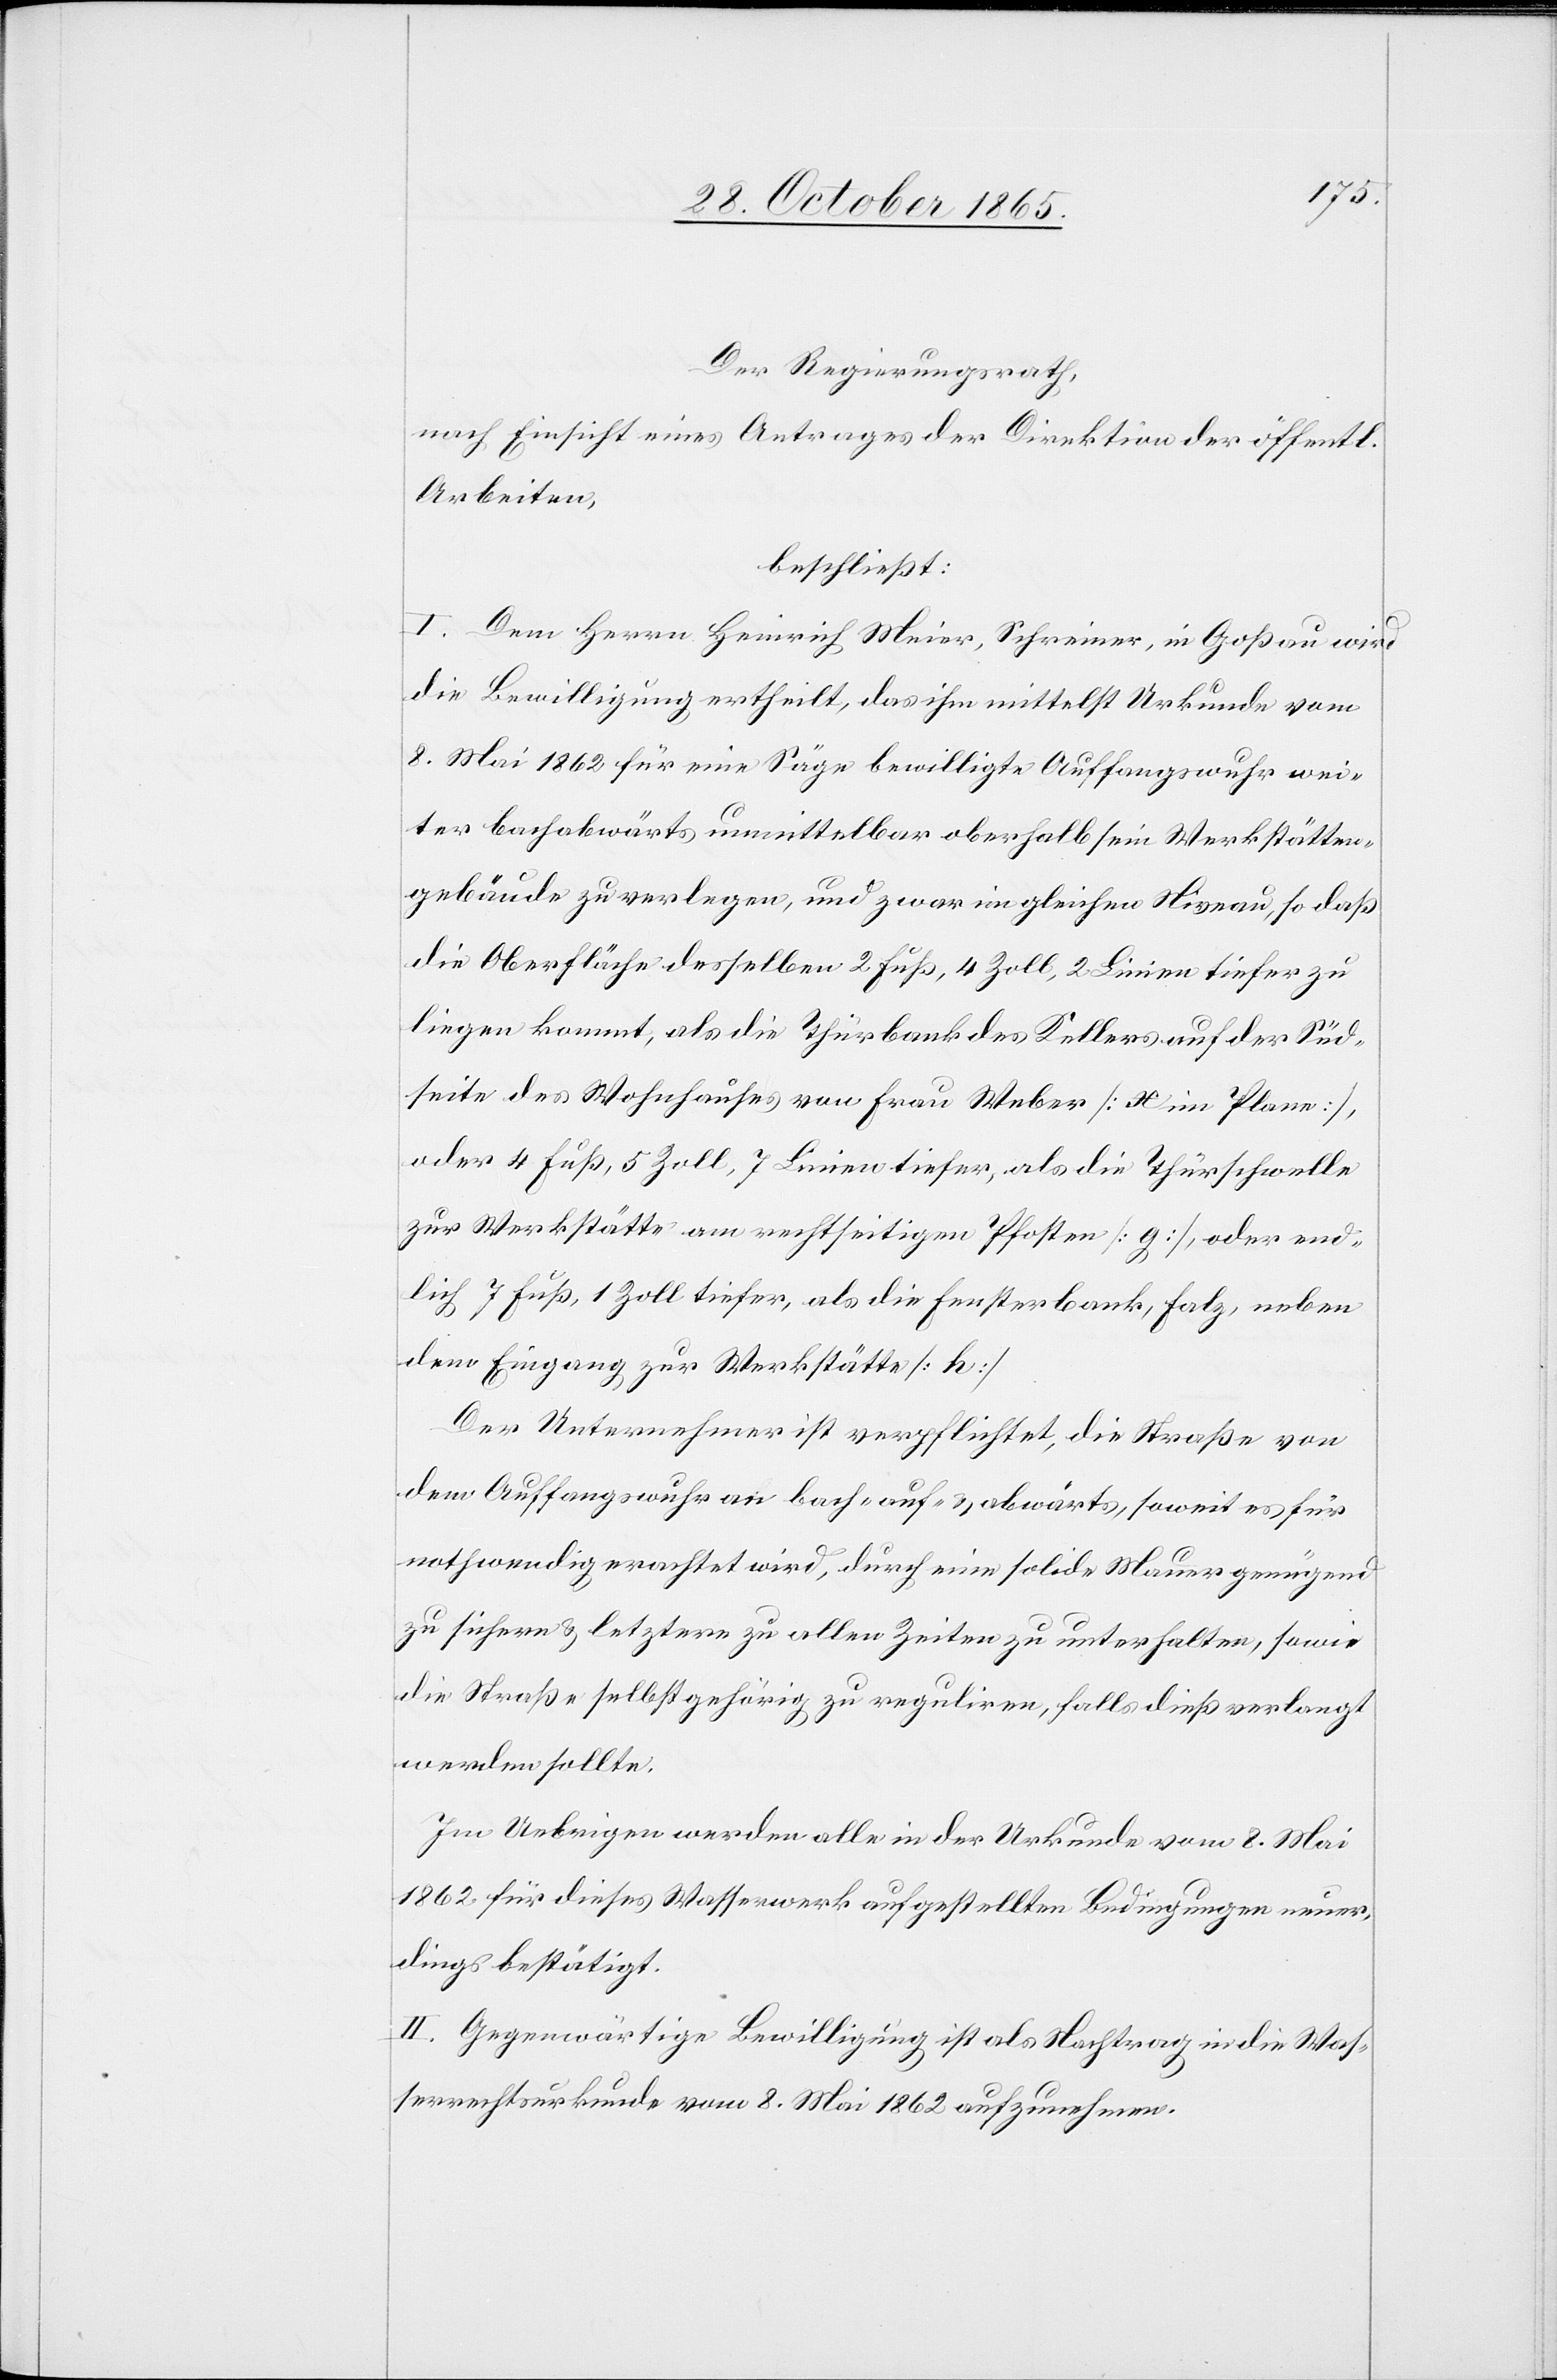
Der Regierungsrath,
nach Einsicht eines Antrages der Direktion der öffentl.
Arbeiten,
beschließt:
I. Dem Herrn Heinrich Meier, Schreiner, in Goßau wird
die Bewilligung ertheilt, das ihm mittelst Urkunde vom
8. Mai 1862 für eine Säge bewilligte Auffangswuhr wei¬
ter bachabwärts unmittelbar oberhalb sein Werkstätten¬
gebäude zu verlegen, und zwar im gleichen Niveau, so daß
die Oberfläche desselben 2 Fuß, 4 Zoll, 2 Linien tiefer zu
liegen kommt, als die Thürbank des Kellers auf der Süd¬
seite des Wohnhauses von Frau Weber [x im Plane],
oder 4 Fuß, 5 Zoll, 7 Linien tiefer, als die Thürschwelle
zur Werkstätte am rechtseitigen Pfosten [g], oder end¬
lich 7 Fuß, 1 Zoll tiefer, als die Fensterbank, Falz, neben
dem Eingang zur Werkstätte [h].
Der Unternehmer ist verpflichtet, die Straße von
dem Auffangswuhr an bach-auf- & abwärts, soweit es für
nothwendig erachtet wird, durch eine solide Mauer genügend
zu sichern & letztere zu allen Zeiten zu unterhalten, sowie
die Straße selbst gehörig zu reguliren, falls dieß verlangt
werden sollte.
Im Uebrigen werden alle in der Urkunde vom 8. Mai
1862 für dieses Wasserwerk aufgestellten Bedingungen neuer¬
dings bestätigt.
II. Gegenwärtige Bewilligung ist als Nachtrag in die Was¬
serrechtsurkunde vom 8. Mai 1862 aufzunehmen.